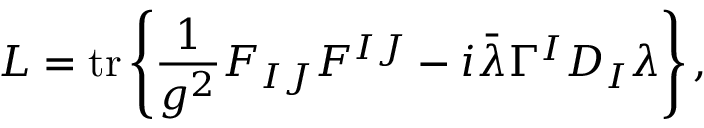
L = \operatorname { t r } \left\{ { \frac { 1 } { g ^ { 2 } } } F _ { I J } F ^ { I J } - i { \bar { \lambda } } \Gamma ^ { I } D _ { I } \lambda \right\} ,